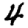
Digit: 4